Report of the Indian Hemp Drugs Commission, 1894-1895 - Volume V
Year: 1894
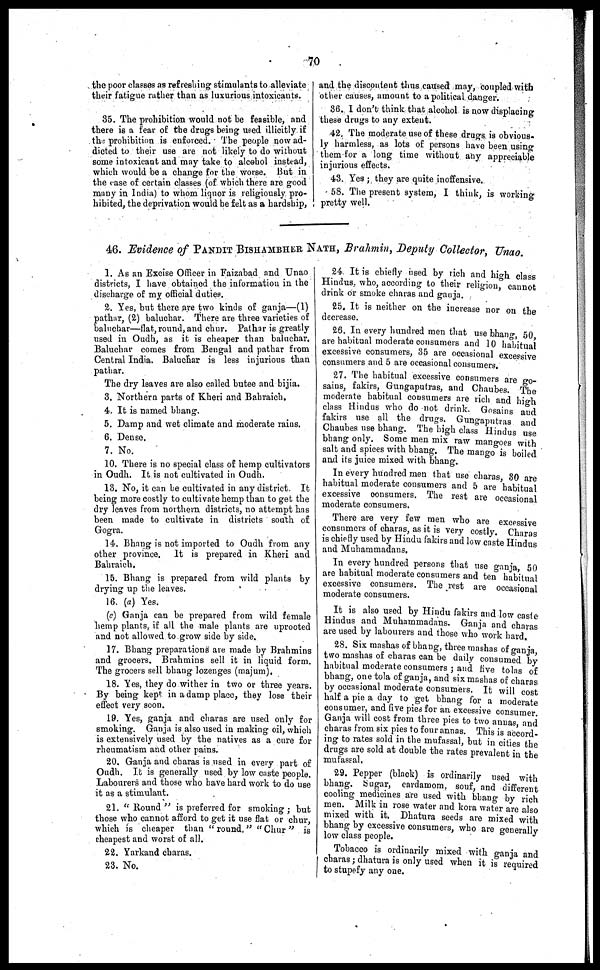
70
the poor classes as refreshing stimulants to alleviate
their fatigue rather than as luxurious intoxicants.
35. The prohibition would not be feasible, and
there is a fear of the drugs being used illicitly if
the prohibition is enforced. The people now ad-
dicted to their use are not likely to do without
some intoxicant and may take to alcohol instead,
which would be a change for the worse. But in
the case of certain classes (of which there are good
many in India) to whom liquor is religiously pro-
hibited, the deprivation would be felt as a hardship,
and the discontent thus caused may, coupled with
other causes, amount to apolitical danger.
36. I don't think that alcohol is now displacing
these drugs to any extent.
42. The moderate use of these drugs is obvious-
ly harmless, as lots of persons have been using
them for a long time without any appreciable
injurious effects.
43. Yes ; they are quite inoffensive.
58. The present system, I think, is working
pretty well.
46. Evidence of PANDIT BISHAMBHER NATH, Brahmin, Deputy Collector, Unao.
1. As an Excise Officer in Faizabad and Unao
districts, I have obtained the information in the
discharge of my official duties.
2. Yes, but there are two kinds of ganja—(1)
pathar, (2) baluchar. There are three varieties of
baluchar—flat, round, and chur. Pathar is greatly
used in Oudh, as it is cheaper than baluchar,
Baluchar comes from Bengal and pathar from
Central India. Baluchar is less injurious than
pathar.
The dry leaves are also called butee and bijia.
3. Northern parts of Kheri and Bahraich.
4. It is named bhang.
5. Damp and wet climate and moderate rains.
6. Dense.
7. No.
10. There is no special class of hemp cultivators
in Oudh. It is not cultivated in Oudh.
13. No, it can be cultivated in any district. It
being more costly to cultivate hemp than to get the
dry leaves from northern districts, no attempt has
been made to cultivate in districts south of
Gogra.
14. Bhang is not imported to Oudh from any
other province. It is prepared in Kheri and
Bahraich.
15. Bhang is prepared from wild plants by
drying up the leaves.
16. (a) Yes.
(c) Ganja can be prepared from wild female
hemp plants, if all the male plants are uprooted
and not allowed to grow side by side.
17. Bhang preparations are made by Brahmins
and grocers. Brahmins sell it in liquid form.
The grocers sell bhang lozenges (majum).
18. Yes, they do wither in two or three years.
By being kept in a damp place, they lose their
effect very soon.
19. Yes, ganja and charas are used only for
smoking. Ganja is also used in making oil, which
is extensively used by the natives as a cure for
rheumatism and other pains.
20. Ganja and charas is used in every part of
Oudh. It is generally used by low caste people.
Labourers and those who have hard work to do use
it as a stimulant.
21. "Round" is preferred for smoking ; but
those who cannot afford to get it use flat or chur,
which is cheaper than "round," "Chur" is
cheapest and worst of all.
22. Yarkand charas.
23. No.
24. It is chiefly used by rich and high class
Hindus, who, according to their religion, cannot
drink or smoke charas and ganja.
25. It is neither on the increase nor on the
decrease.
26. In every hundred men that use bhang, 50,
are habitual moderate consumers and 10 habitual
excessive consumers, 35 are occasional excessive
consumers and 5 are occasional consumers.
27. The habitual excessive consumers are go-
sains, fakirs, Gungaputras, and Chaubes. The
moderate habitual consumers are rich and high
class Hindus who do not drink. Gosains and
fakirs use all the drugs. Gungaputras and
Chaubes use bhang. The high class Hindus use
bhang only. Some men mix raw mangoes with
salt and spices with bhang. The mango is boiled
and its juice mixed with bhang.
In every hundred men that use charas, 30 are
habitual moderate consumers and 5 are habitual
excessive consumers. The rest are occasional
moderate consumers.
There are very few men who are excessive
consumers of charas, as it is very costly. Charas
is chiefly used by Hindu fakirs and low caste Hindus
and Muhammadans.
In every hundred persons that use ganja, 50
are habitual moderate consumers and ten habitual
excessive consumers. The rest are occasional
moderate consumers.
It is also used by Hindu fakirs and low caste
Hindus and Muhammadans. Ganja and charas
are used by labourers and those who work hard.
28. Six mashas of bhang, three mashas of ganja,
two mashas of charas can be daily consumed by
habitual moderate consumers ; and five tolas of
bhang, one tola of ganja, and six mashas of charas
by occasional moderate consumers. It will cost
half a pie a day to get bhang for a moderate
consumer, and five pies for an excessive consumer
Ganja will cost from three pies to two annas and
charas from six pies to four annas. This is accord-
ing to rates sold in the mufassal, but in cities the
drugs are sold at double the rates prevalent in the
mufassal.
29. Pepper (black) is ordinarily used with
bhang. Sugar, cardamom, souf, and different
cooling medicines are used with bhang by rich
men. Milk in rose water and kora water are also
mixed with it. Dhatura seeds are mixed with
bhang by excessive consumers, who are generally
low class people.
Tobacco is ordinarily mixed with ganja and
charas ; dhatura is only used when it is required
to stupefy any one.